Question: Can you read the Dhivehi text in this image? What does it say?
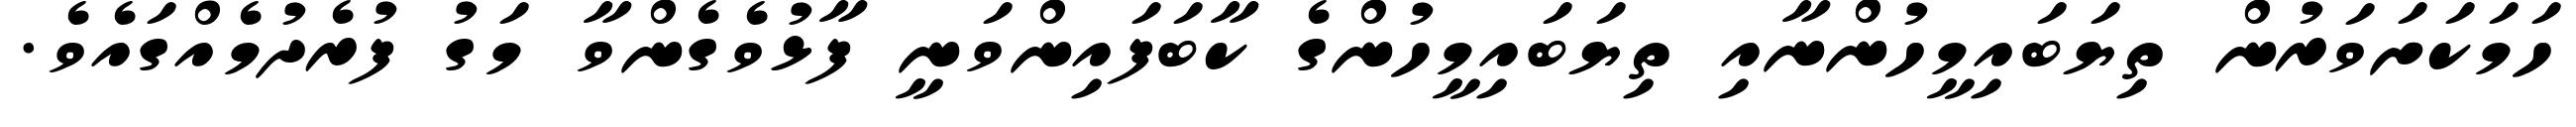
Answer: ހަމަކަށަވަރުން ތިޔަބައިމީހުންނާއި ތިޔަބައިމީހުންގެ ކާބަފައިންވަނީ ފާޅުވެގެންވާ މަގު ފުރެދުމެއްގައެވެ.